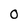
Character: 0